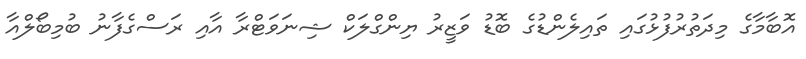
އޮބާމާގެ މިދަތުރުފުޅުގައި ތައިލެންޑުގެ ބޮޑު ވަޒީރު ޔިންގްލަކް ޝިނަވަޓްރާ އާއި ރަސްގެފާނު ބުމިބޯލްއާ